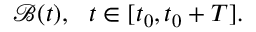
\mathcal { B } ( t ) , \ \ t \in [ t _ { 0 } , t _ { 0 } + T ] .